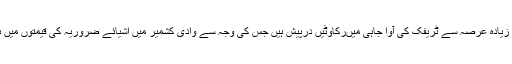
شاہراہ پرگذشتہ دو ہفتوں کے زیادہ عرصہ سے ٹریفک کی آوا جاہی میںرکاوٹیں درپیش ہیں جس کی وجہ سے وادی کشمیر میں اشیائے ضروریہ کی قیمتوں میں ہوشربا حد تک اضافہ ہوا ہے۔